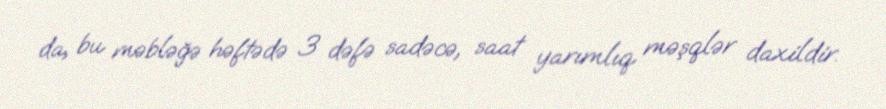
da, bu məbləğə həftədə 3 dəfə sadəcə, saat yarımlıq məşqlər daxildir.